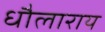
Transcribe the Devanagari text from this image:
धौलाराय